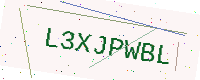
Text: L3XJPWBL